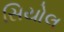
સિયોલ